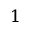
1